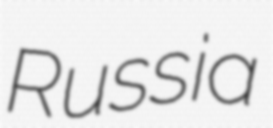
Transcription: Russia